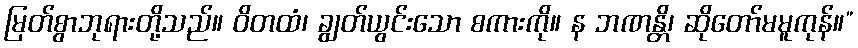
မြတ်စွာဘုရားတို့သည်။ ဝိတထံ၊ ချွတ်ယွင်းသော စကားကို။ န ဘဏန္တိ၊ ဆိုတော်မမူကုန်။”